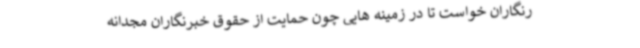
رنگاران خواست تا در زمینه هایی چون حمایت از حقوق خبرنگاران مجدانه